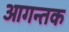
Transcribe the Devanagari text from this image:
आगन्तक